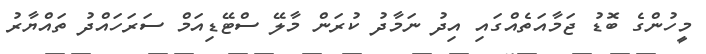
މީހުންގެ ބޮޑު ޖަމާއަތެއްގައި އިދު ނަމާދު ކުރަން މާލޭ ސްޓޭޑިއަމް ސަރަހައްދު ތައްޔާރު